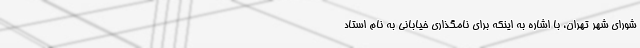
شورای شهر تهران، با اشاره به اینکه برای نامگذاری خیابانی به نام استاد